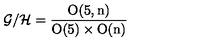
{ \cal G } / { \cal H } = \frac { \mathrm { O ( 5 , n ) } } { \mathrm { O ( 5 ) } \times \mathrm { O ( n ) } }